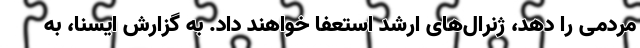
مردمی را دهد، ژنرال‌های ارشد استعفا خواهند داد. به گزارش ایسنا، به